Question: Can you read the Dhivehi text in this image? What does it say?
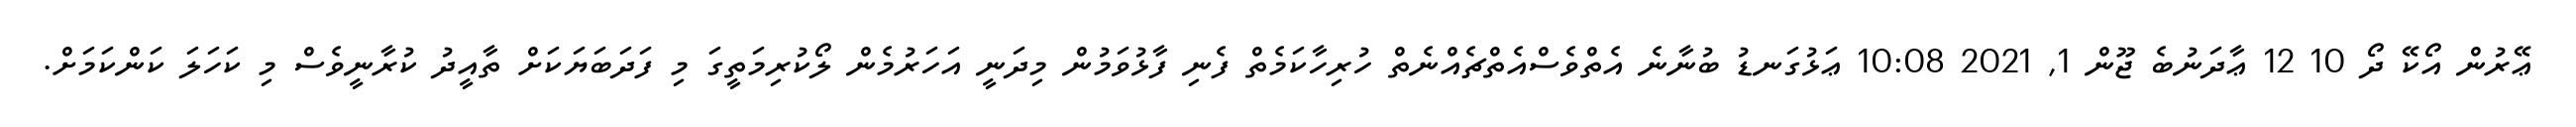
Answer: ޢޭރުން އޯކޭ ދޯ 10 12 ޢާދަނުބެ ޖޫން 1, 2021 10:08 ޢަޅުގަނޑު ބުނާނެ އެތްވެސްއެތްޗެއްނެތް ހުރިހާކަމެތް ފެނި ފާޅުވަމުން މިދަނީ އަހަރުމެން ލޯކުރިމަތީގަ މި ފަދަބަޔަކަށް ތާއީދު ކުރާނީވެސް މި ކަހަލަ ކަންކަމަށް.